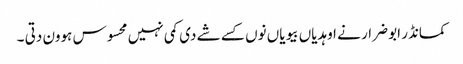
کمانڈر ابو ضرار نے اوہدیاں بیویاں نوں کسے شے دی کمی نہیں محسوس ہوون دتی ۔